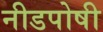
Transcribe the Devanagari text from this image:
नीडपोषी